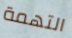
التهمة